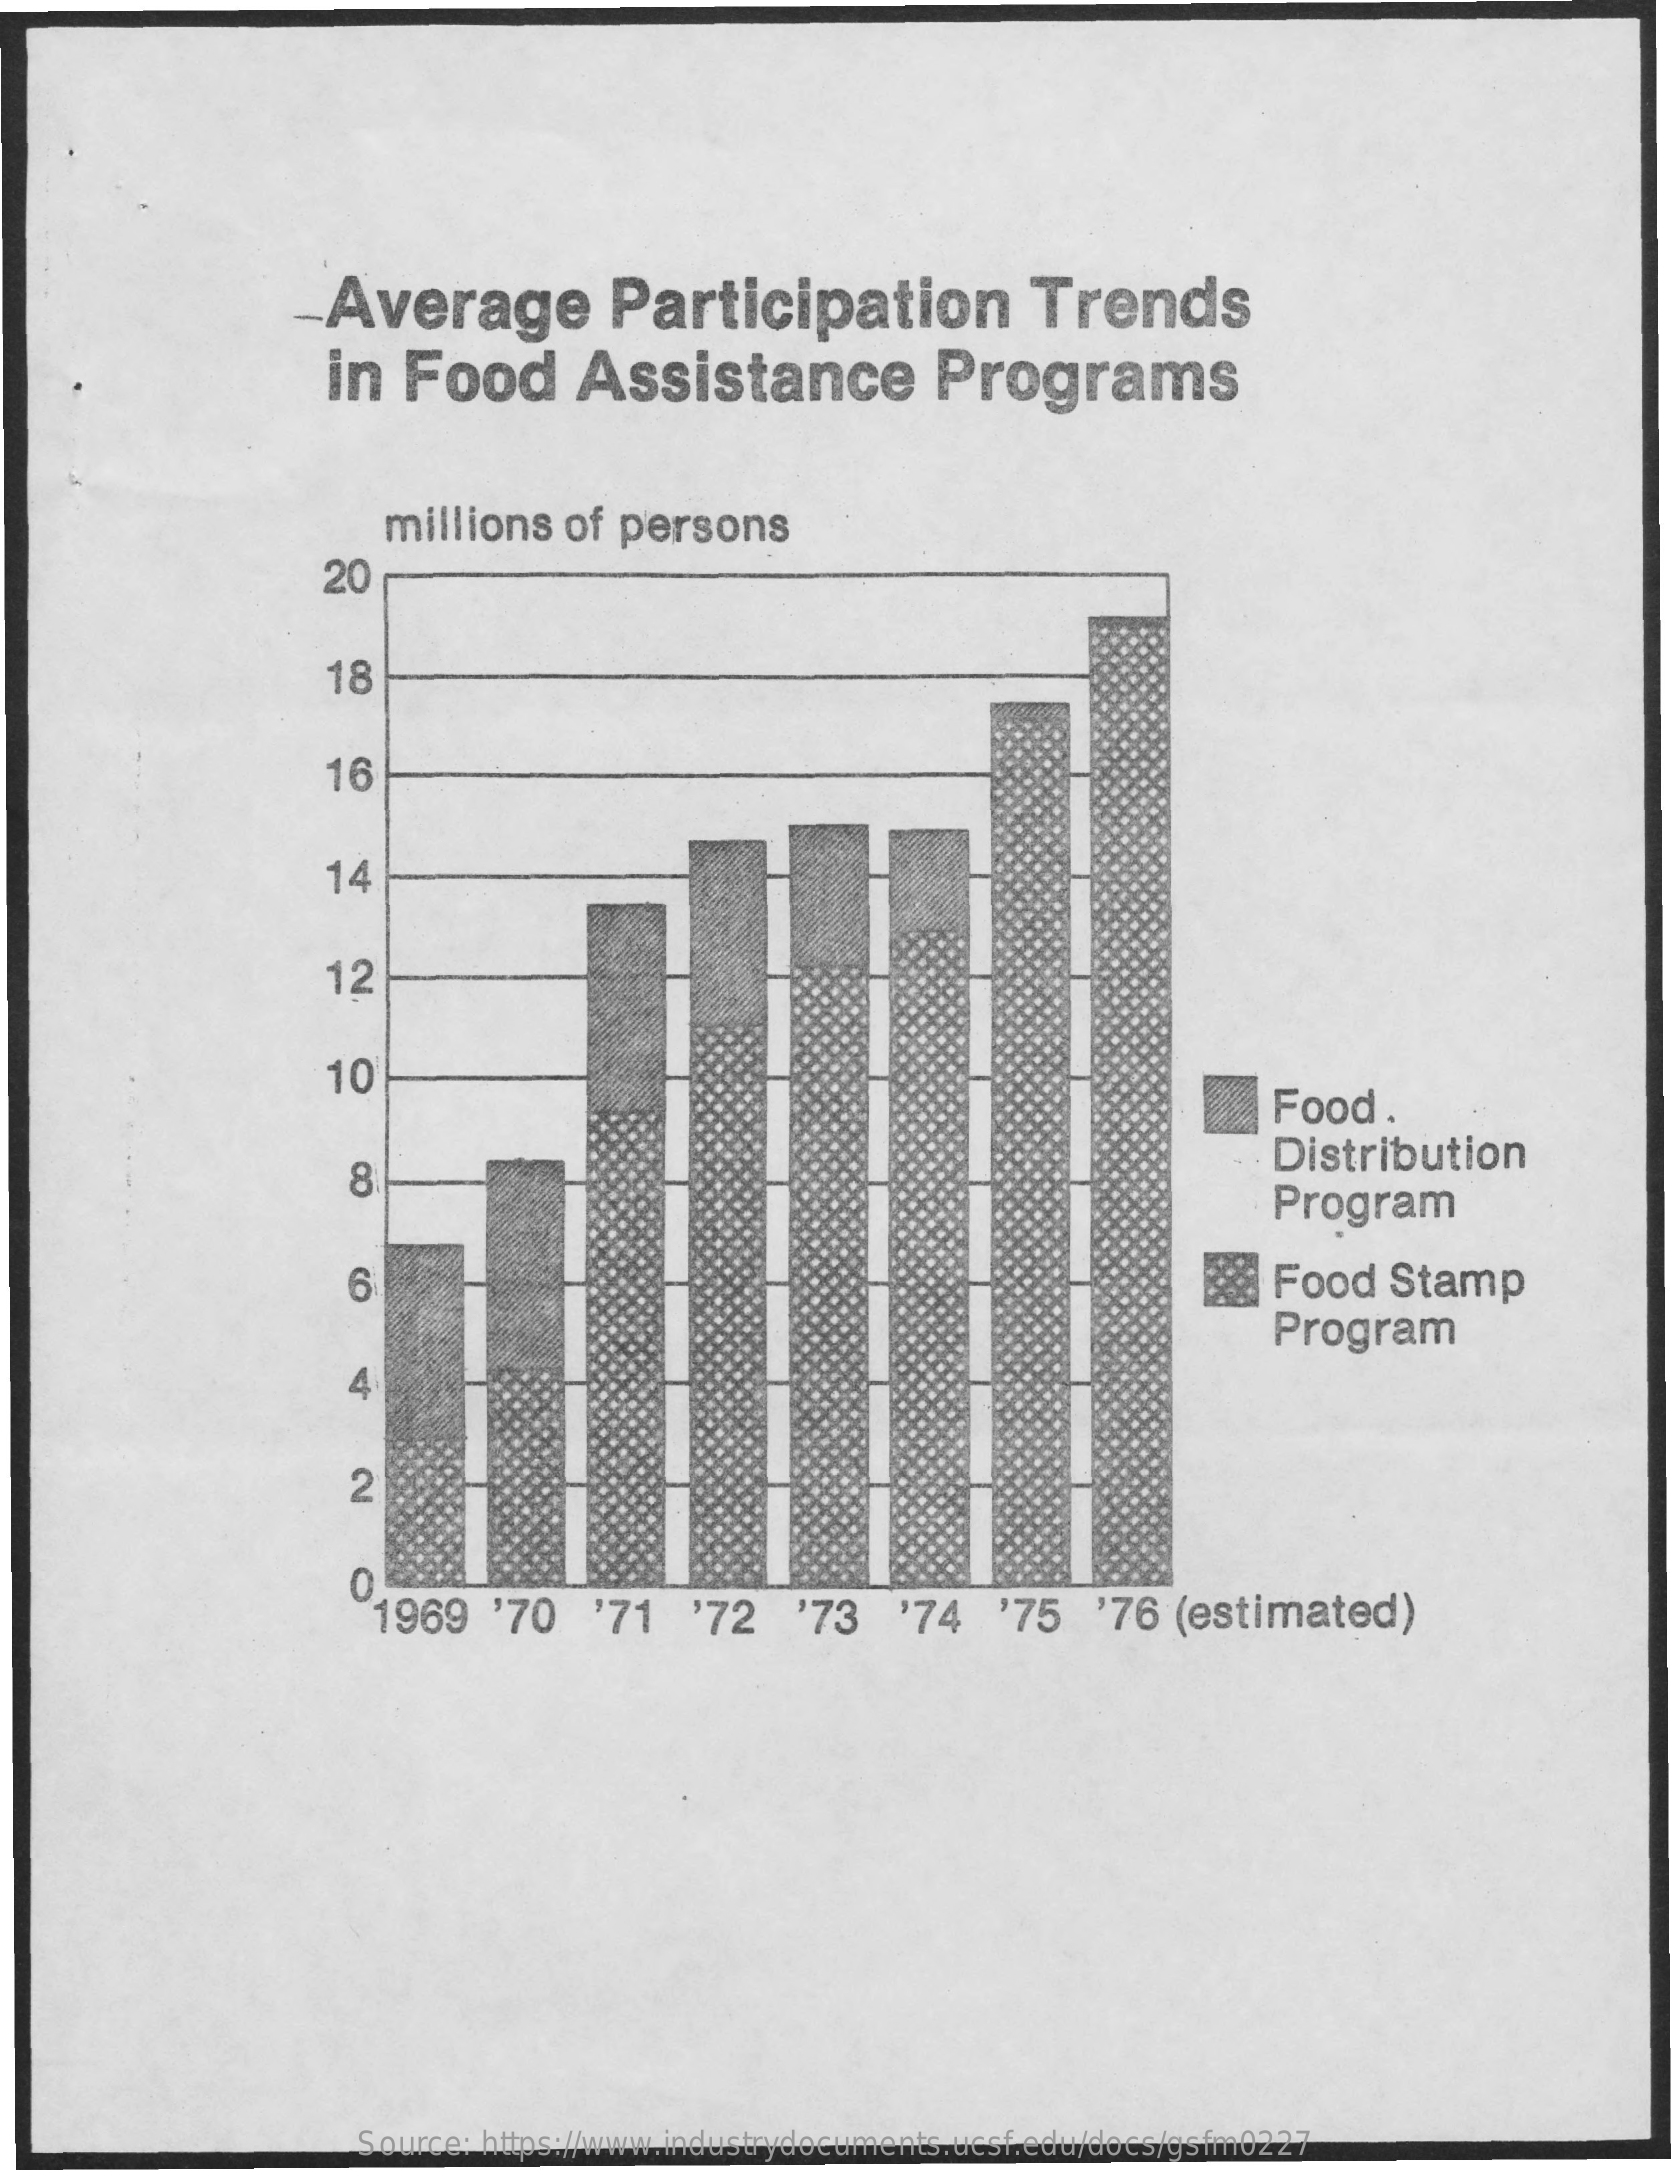
Average    Participation    Trends
     in  Food    Assistance    Programs
     millions   of persons
     20
     18
     16
     14
     12
     10
     Food   .
     8
     Distribution
     Program
     6    Food   Stamp
     Program
     4
     2
     0
     1969   '70    '71   '72   '73    '74   '75   '76 (estimated)
     Source: https://www.industrydocuments.ucsf.edu/docs/gsfm0227